Medical and sanitary report of the native army of Madras for the year
Year: 1877
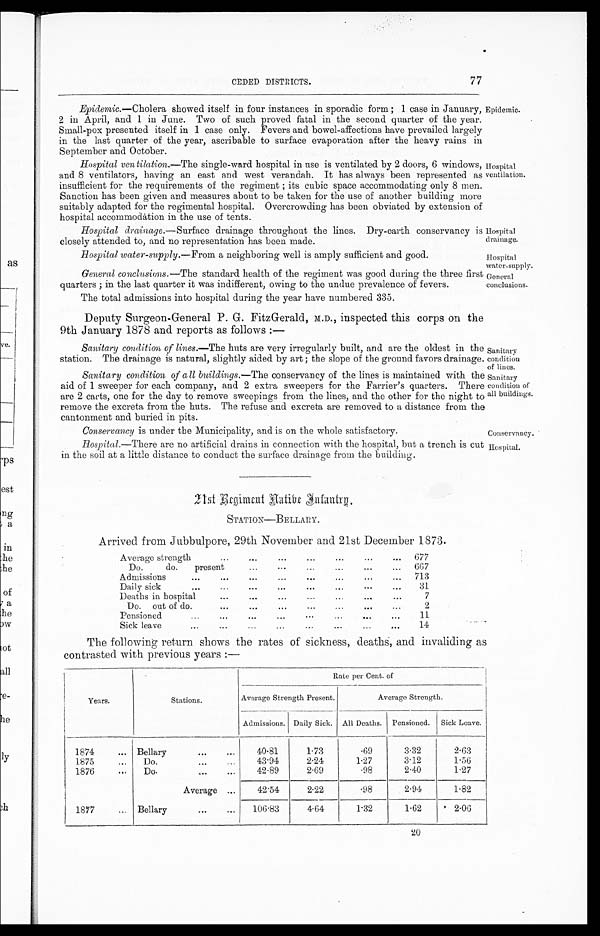
Hospital
drainage.
Hospital
water-supply.
General
conclusions.
Sanitary
condition
of lines.
Sanitary
condition of
all buildings.
77
CEDED DISTRICTS.
Epidemic.—Cholera showed itself in four instances in sporadic form ; 1 case in January,
2 in April, and 1 in June. Two of such proved fatal in the second quarter of the year.
Small-pox presented itself in 1 case only. Fevers and bowel-affections have prevailed largely
in the last quarter of the year, ascribable to surface evaporation after the heavy rains in
September and October.
Hospital ventilation.—The single-ward hospital in use is ventilated by 2 doors, 6 windows,
and 8 ventilators, having an east and west verandah. It has always been represented as
insufficient for the requirements of the regiment ; its cubic space accommodating only 8 men.
Sanction has been given and measures about to be taken for the use of another building more
suitably adapted for the regimental hospital. Overcrowding has been obviated by extension of
hospital accommodation in the use of tents.
Hospital drainage.—Surface drainage throughout the lines. Dry-earth conservancy is
closely attended to, and no representation has been made.
Hospital water-supply.—From a neighboring well is amply sufficient and good.
General conclusions.—The standard health of the regiment was good during the three first
quarters ; in the last quarter it was indifferent, owing to the undue prevalence of fevers.
The total admissions into hospital during the year have numbered 335.
Deputy Surgeon-General P. G. FitzGerald, M.D., inspected this corps on the
9th January 1878 and reports as follows :—
Epidemic.
Hospital
ventilation.
Sanitary condition, of lines.—The huts are very irregularly built, and are the oldest in the
station. The drainage is natural, slightly aided by art ; the slope of the ground favors drainage.
Sanitary condition of all buildings.—The conservancy of the lines is maintained with the
aid of 1 sweeper for each company, and 2 extra sweepers for the Farrier's quarters. There
are 2 carts, one for the day to remove sweepings from the lines, and the other for the night to
remove the excreta from the huts. The refuse and excreta are removed to a distance from the
cantonment and buried in pits.
Conservancy is under the Municipality, and is on the whole satisfactory.
Conservancy.
Hospital.—There are no artificial drains in connection with the hospital, but a trench is cut
in the soil at a little distance to conduct the surface drainage from the building.
Hospital.
2 1 s t R e g i m e n t N a t i v e I n f a n t r y .
STATION—BELLARY.
Arrived from J ubbulpore, 29th November and 21st December 1873.
Average strengt
...
...
...
...
...
...
...
677
Do.
do.
present
... ... ...
...
...
...
667
Admissions
...
...
...
...
...
...
...
...
713
Daily sick
...
...
...
...
...
...
...
...
31
Deaths in hospital
... ... ... ... ... ... ...
7
Do. out of do.
...
...
...
...
...
...
...
2
Pensioned
...
...
...
...
...
... ... ...
11
Sick leave
...
...
...
...
...
...
...
...
14
The following return shows the rates of sickness, deaths, and invaliding as
contrasted with previous years :—
Years.
Stations.
Rate per Cent. of
Average Strength Present.
Average Strength.
Admissions. Daily Sick.
All Deaths. Pensioned.
Sick Leave.
1874
... Bellary
... ...
40.81
1.73
.69
3.32
2. 63
1875
...
Do.
...
...
43.94
2.24
1.27
3.12
1.56
1876
...
Do.
... ...
42.89
2.69
.98
2.40
1.27
Average ...
42.54
2.22
.98
2.94
1.82
1857
... Bellary
... ...
106.83
4.64
1.32
1.62
2.06
20